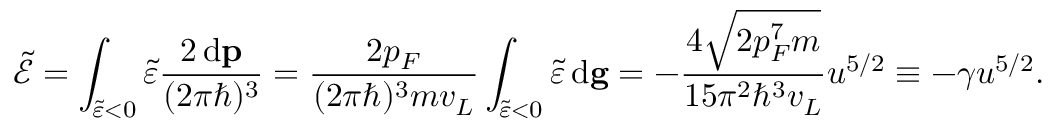
\ensuremath { \widetilde { \mathcal { E } } } = \int _ { \ensuremath { \widetilde { \varepsilon } } < 0 } \ensuremath { \widetilde { \varepsilon } } \frac { 2 \, \mathrm { d } \mathbf { p } } { ( 2 \pi \hbar ) ^ { 3 } } = \frac { 2 p _ { F } } { ( 2 \pi \hbar ) ^ { 3 } m v _ { L } } \int _ { \ensuremath { \widetilde { \varepsilon } } < 0 } \ensuremath { \widetilde { \varepsilon } } \, \mathrm { d } \mathbf { g } = - \frac { 4 \sqrt { 2 p _ { F } ^ { 7 } m } } { 1 5 \pi ^ { 2 } \hbar ^ { 3 } v _ { L } } u ^ { 5 / 2 } \equiv - \gamma u ^ { 5 / 2 } .